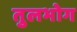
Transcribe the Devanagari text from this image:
तुलभोग